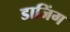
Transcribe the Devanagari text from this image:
डाजिंग